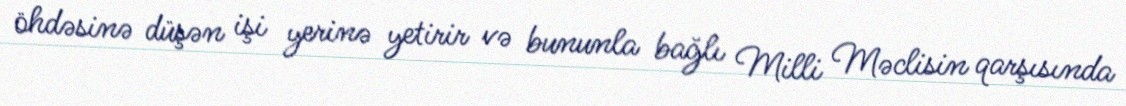
öhdəsinə düşən işi yerinə yetirir və bununla bağlı Milli Məclisin qarşısında